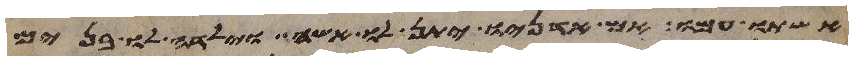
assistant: אשתו עמו אם אדניו יתן לו אשה וילדה לו בנים